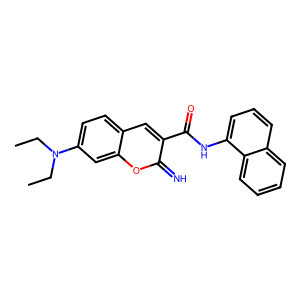
SMILES: CCN(CC)c1ccc2cc(C(=O)Nc3cccc4ccccc34)c(=N)oc2c1
Inhibits HIV replication: No